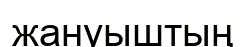
жануыштың